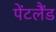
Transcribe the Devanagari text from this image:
पेंटलैंड